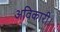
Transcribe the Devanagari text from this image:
अविकारी।